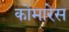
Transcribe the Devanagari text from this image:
कोमारेस